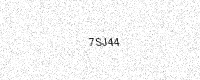
Text: 7SJ44